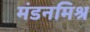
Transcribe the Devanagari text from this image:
मंडनमिश्र